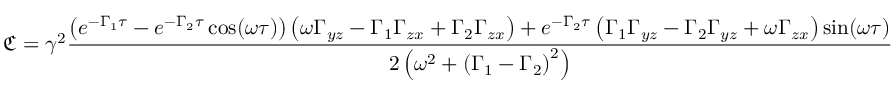
\mathfrak { C } = \gamma ^ { 2 } \frac { \left( e ^ { - \Gamma _ { 1 } \tau } - e ^ { - \Gamma _ { 2 } \tau } \cos ( \omega \tau ) \right) \left( \omega \Gamma _ { y z } - \Gamma _ { 1 } \Gamma _ { z x } + \Gamma _ { 2 } \Gamma _ { z x } \right) + e ^ { - \Gamma _ { 2 } \tau } \left( \Gamma _ { 1 } \Gamma _ { y z } - \Gamma _ { 2 } \Gamma _ { y z } + \omega \Gamma _ { z x } \right) \sin ( \omega \tau ) } { 2 \left( \omega ^ { 2 } + \left( \Gamma _ { 1 } - \Gamma _ { 2 } \right) ^ { 2 } \right) }